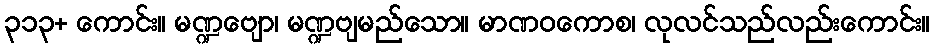
၃၁၃+ ကောင်း။ မဏ္ဍဗျော၊ မဏ္ဍဗျမည်သော။ မာဏဝကောစ၊ လုလင်သည်လည်းကောင်း။